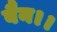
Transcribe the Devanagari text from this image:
बैन।।